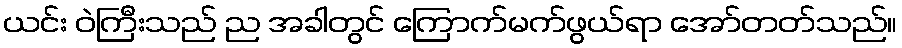
ယင်း ဝဲကြီးသည် ည အခါတွင် ကြောက်မက်ဖွယ်ရာ အော်တတ်သည်။